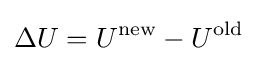
\Delta U=U^{\text{new}}-U^{\text{old}}